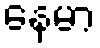
နေမာ